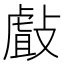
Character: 㪥